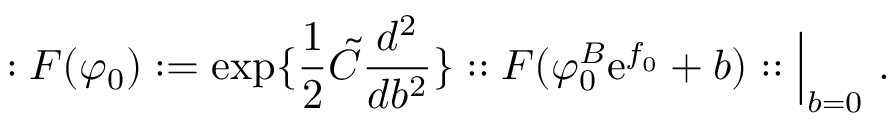
: F ( \varphi _ { 0 } ) : = \exp \{ { \frac { 1 } { 2 } } \tilde { C } { \frac { d ^ { 2 } } { d b ^ { 2 } } } \} : : F ( \varphi _ { 0 } ^ { B } \mathrm { \large { e } } ^ { f _ { 0 } } + b ) : : \Big | _ { b = 0 } ~ .